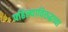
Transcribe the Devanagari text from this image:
पहिल्याविरुद्धच्या